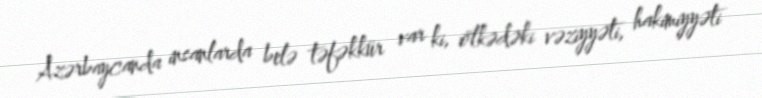
Azərbaycanda insanlarda belə təfəkkür var ki, ölkədəki vəziyyəti, hakimiyyəti